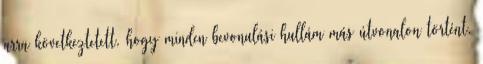
arra következtetett, hogy minden bevonulási hullám más útvonalon történt.